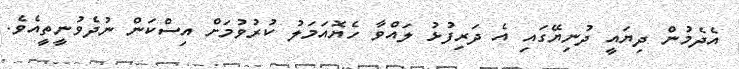
އެދެމުން ދިޔައީ ދުނިޔޭގައި އެ ދަރިފުޅު ލައްވާ ހެޔޮއަމަލު ކުރުވުމަށް އިސްކަން ނުދެވުނީތީއެވެ.